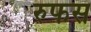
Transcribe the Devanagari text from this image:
रुफस